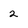
Character: 2